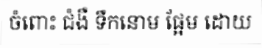
ចំពោះ ជំងឺ ទឹកនោម ផ្អែម ដោយ